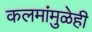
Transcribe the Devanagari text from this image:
कलमांमुळेही